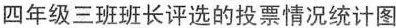
四年级三班班长评选的投票情况统计图